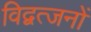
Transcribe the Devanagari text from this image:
विद्वत्जनों